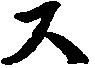
ス